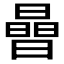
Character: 𪱈